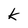
Character: k